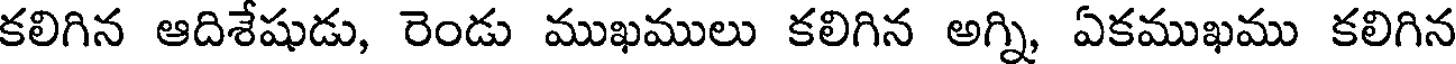
కలిగిన ఆదిశేషుడు, రెండు ముఖములు కలిగిన అగ్ని, ఏకముఖము కలిగిన